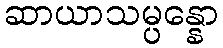
ဆာယာသမ္ပန္နော